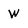
Character: W